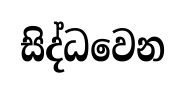
සිද්ධවෙන